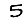
Digit: 5